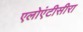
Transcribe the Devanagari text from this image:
एलोएंटीसीरा